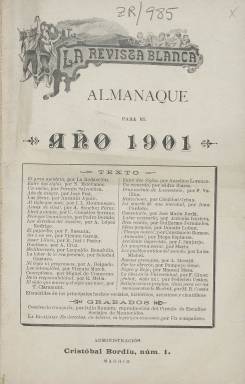
Título: Almanaque de la Revista blanca
Otros títulos: Título: Almanaque de la Revista blanca y Tierra y libertad, 1904
Colección: Almanaques || Anarquismo
Ámbito geográfico: Madrid
Lugar de publicación: Madrid
Fechas: 01/01/1901-31/12/1904

Anuario de la revista fundada en 1898 por Juan Montseny y Teresa Mañé, en el que resalta un “almanaque laico”. Además del año astronómico, incluye artículos de pensamiento anarquista, libertario y anticlerical, tanto de historia como de cuestiones sociales, culturales y literarias, así como ilustraciones (retratos de Tolstoi, Gorki, etc.) y viñetas y caricaturas. También narraciones breves y algunos textos en verso. Aparecen artículos firmados de Francisco Giner, F. Pi y Arsuaga, Miguel de Unamuno, M.B. de Cossío, Anselmo Lorenzo y el propio ‘Federico Urales’. Fueron editados también los almanaques para 1900 y 1902.

[Descripción modificada el 10/10/2022]